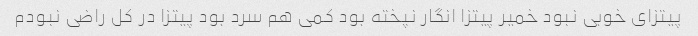
پیتزای خوبی نبود خمیر پیتزا انگار نپخته بود کمی هم سرد بود پیتزا در کل راضی نبودم